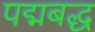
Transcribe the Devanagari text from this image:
पद्मबद्ध